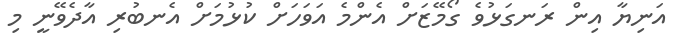
އަނިޔާ އިން ރަނގަޅުވެ ގޯމޭޒަށް އެންމެ އަވަހަށް ކުޅުމަށް އެނބުރި އާދެވޭނީ މި